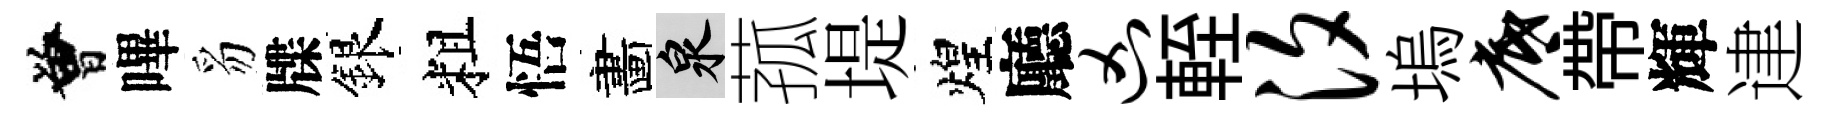
曾嗶豸牒銀粗悟畵泉菰堤煌廳凶輊汐塢底帶輝䢖